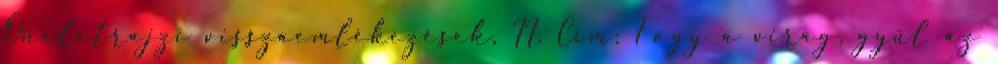
Önéletrajzi visszaemlékezések, II. Cím: Fogy a virág, gyűl az